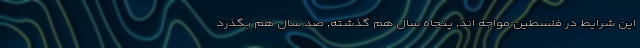
این شرایط در فلسطین مواجه اند, پنجاه سال هم گذشته, صد سال هم بگذرد